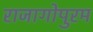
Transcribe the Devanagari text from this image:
राजागोपुरम